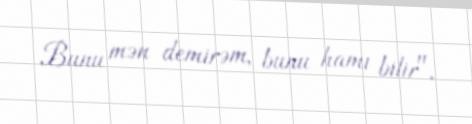
Bunu mən demirəm, bunu hamı bilir".